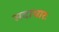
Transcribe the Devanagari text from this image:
सदाचारः